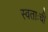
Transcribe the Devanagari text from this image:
स्वताःची